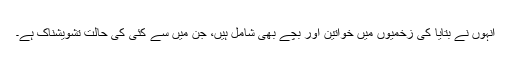
انہوں نے بتایا کی زخمیوں میں خواتین اور بچے بھی شامل ہیں، جن میں سے کئی کی حالت تشویشناک ہے۔